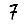
Digit: 7